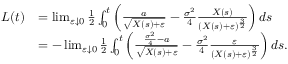
\begin{array} { r l } { L ( t ) } & { = \operatorname* { l i m } _ { \varepsilon \downarrow 0 } \frac { 1 } { 2 } \int _ { 0 } ^ { t } \left( \frac { a } { \sqrt { X ( s ) + \varepsilon } } - \frac { \sigma ^ { 2 } } { 4 } \frac { X ( s ) } { ( X ( s ) + \varepsilon ) ^ { \frac { 3 } { 2 } } } \right) d s } \\ & { = - \operatorname* { l i m } _ { \varepsilon \downarrow 0 } \frac { 1 } { 2 } \int _ { 0 } ^ { t } \left( \frac { \frac { \sigma ^ { 2 } } { 4 } - a } { \sqrt { X ( s ) + \varepsilon } } - \frac { \sigma ^ { 2 } } { 4 } \frac { \varepsilon } { ( X ( s ) + \varepsilon ) ^ { \frac { 3 } { 2 } } } \right) d s . } \end{array}